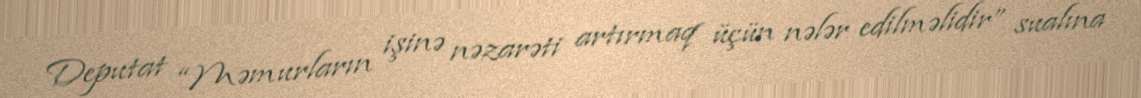
Deputat “Məmurların işinə nəzarəti artırmaq üçün nələr edilməlidir” sualına